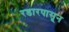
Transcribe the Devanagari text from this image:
रडारपासून